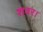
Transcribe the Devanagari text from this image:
शवर।